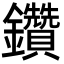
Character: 鑽